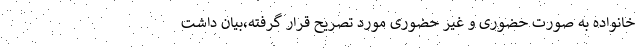
خانواده به صورت حضوری و غیر حضوری مورد تصریح قرار گرفته،بیان داشت